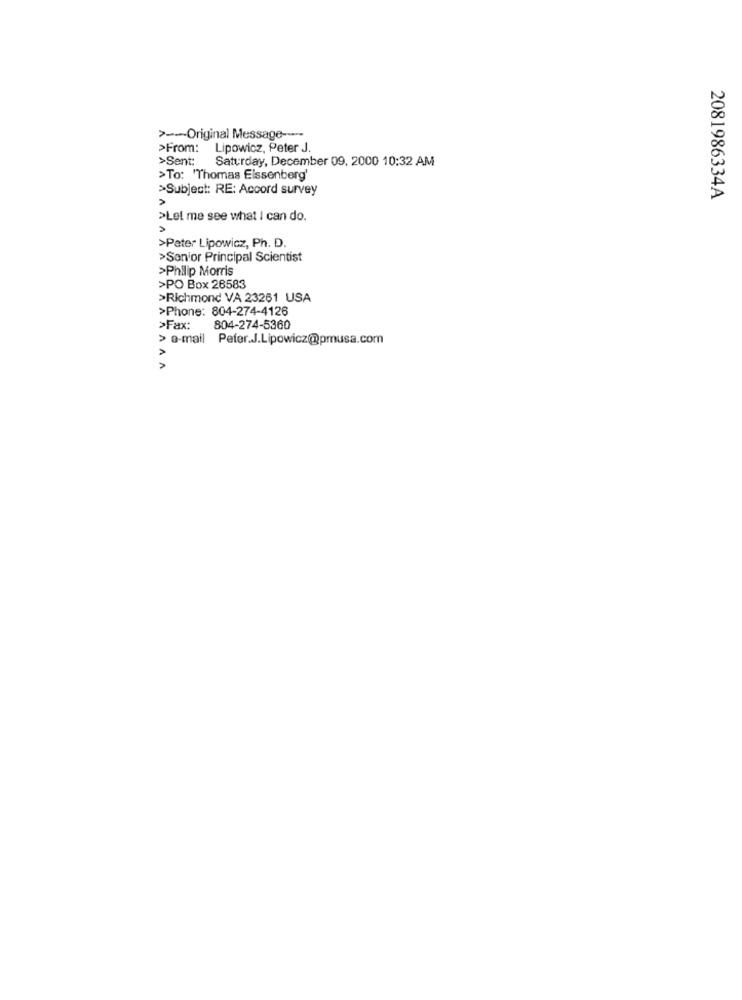
> --- Original Message -----
>From:
Lipowicz, Peter J.
>Sent:
Saturday, December 09. 2000 10:32 AM
>To: "Thomas Eissenberg'
>Subject: RE: Accord survey
>
2081986334A
>Let me see what I can do.
>Peter Lipowicz, Ph. D.
>Senior Principal Scientist
>Philip Morris
>PO Box 26583
>Richmond VA 23261 USA
>Phone: 804-274-4126
>Fax:
804-274-5360
> e-mail Peter.J.Lipowicz@pmusa.com
A